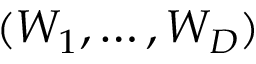
( W _ { 1 } , \ldots , W _ { D } )